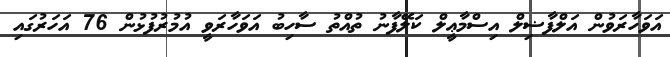
އަވަހާރަވުން އަލްފާޟިލް އިސްމާޢީލް ކަލޭފާނު ތުއްތު ސާހިބު އަވަހާރަވީ އުމުރުފުޅުން 76 އަހަރުގައި